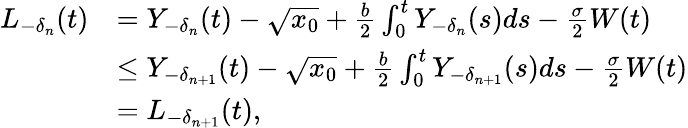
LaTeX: \begin{array}{rl}{L_{-\delta_{n}}(t)}&{=Y_{-\delta_{n}}(t)-\sqrt{x_{0}}+\frac{b}{2}\int_{0}^{t}Y_{-\delta_{n}}(s)ds-\frac{\sigma}{2}W(t)}\\ &{\le Y_{-\delta_{n+1}}(t)-\sqrt{x_{0}}+\frac{b}{2}\int_{0}^{t}Y_{-\delta_{n+1}}(s)ds-\frac{\sigma}{2}W(t)}\\ &{=L_{-\delta_{n+1}}(t),}\end{array}